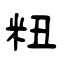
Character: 粈